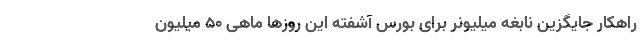
راهکار جایگزین نابغه میلیونر برای بورس آشفته این روزها ماهی 50 میلیون